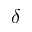
\delta